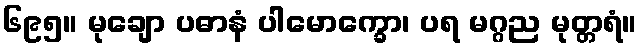
၆၉၅။ မုချော ပဓာနံ ပါမောက္ခော၊ ပရ မဂ္ဂည မုတ္တရံ။